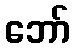
ဘော်